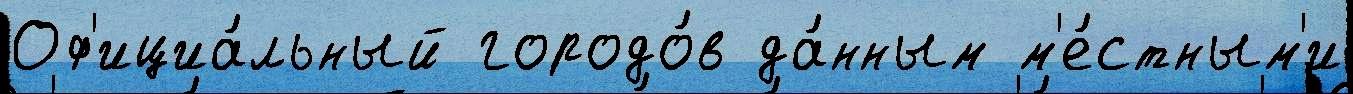
Оф'ициа́льный городо́в да́нным м'е́стным'и